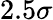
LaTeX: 2.5\sigma